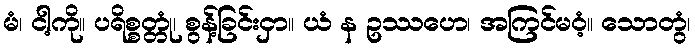
မံ၊ ငါ့ကို။ ပရိစ္စတ္တုံ၊ စွန့်ခြင်းငှာ။ ယံ န ဥဿဟေ၊ အကြင်မဝံ့။ သောတွံ၊